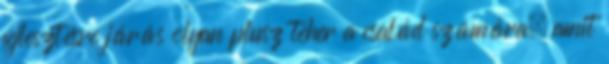
fejlesztésre járás olyan plusz teher a család számára, amit